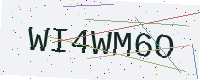
Text: WI4WM6O